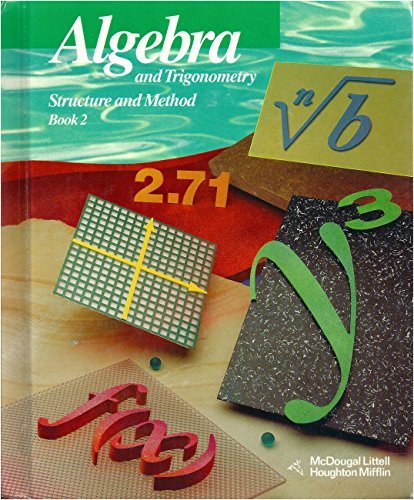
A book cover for Algebra and Trigonometry: Structure and Method, Book 2; Richard G. Brown; Science & Math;